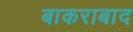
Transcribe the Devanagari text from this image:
बाकराबाद